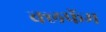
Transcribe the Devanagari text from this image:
क्लफॅम